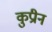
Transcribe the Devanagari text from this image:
कुप्रीन